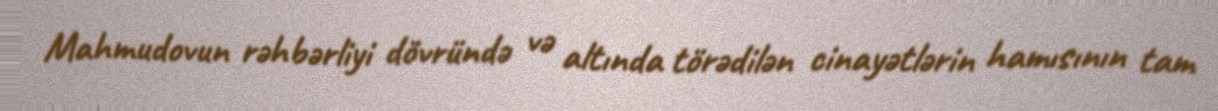
Mahmudovun rəhbərliyi dövründə və altında törədilən cinayətlərin hamısının tam